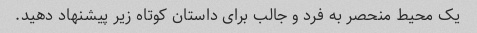
یک محیط منحصر به فرد و جالب برای داستان کوتاه زیر پیشنهاد دهید.